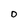
Character: O